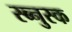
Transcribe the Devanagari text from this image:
स्ब्नुस्क